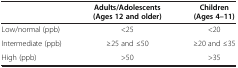
|  | Adults/Adolescents (Ages 12 and older) | Children (Ages 4–11) |
 | --- | --- | --- |
 | Low/normal (ppb) | <25 | <20 |
 | Intermediate (ppb) | ≥25 and ≤50 | ≥20 and ≤35 |
 | High (ppb) | >50 | >35 |